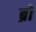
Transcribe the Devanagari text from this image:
ब्रो